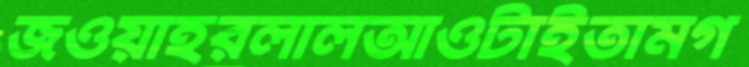
জওয়াহরলালআওটাইতামগ